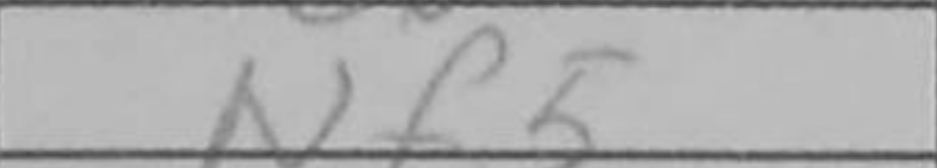
Transcription: Nf5